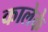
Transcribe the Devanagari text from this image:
कालेके